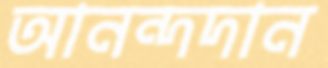
আনন্দদান